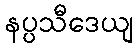
နပ္ပသီဒေယျ